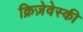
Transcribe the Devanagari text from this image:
क्रिज़ेवेस्की